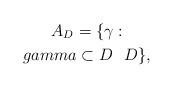
LaTeX: \begin{gather*}A_D=\{\gamma:\\gamma\subset D~~D\},\end{gather*}